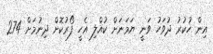
އިން ހުކުރު ދުވަހު ވަނީ ޔަމަނަށް ކުއްލި އެހީ ފޯރުކޮށް ދިނުމަށް 274